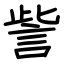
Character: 訾